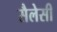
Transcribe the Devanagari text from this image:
सैलेसी